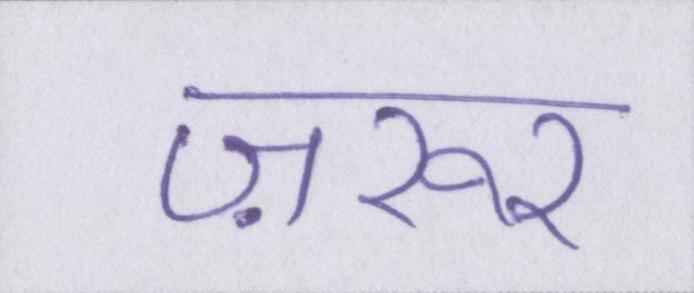
ज़रूर